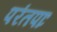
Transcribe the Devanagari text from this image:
परंतपाः